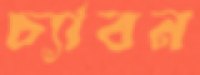
চ্যাবন